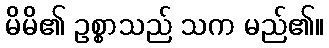
မိမိ၏ ဥစ္စာသည် သက မည်၏။